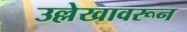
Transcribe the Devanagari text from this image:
उल्लेखावरून